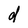
Character: d